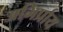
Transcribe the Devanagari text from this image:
अभिर्प्राय